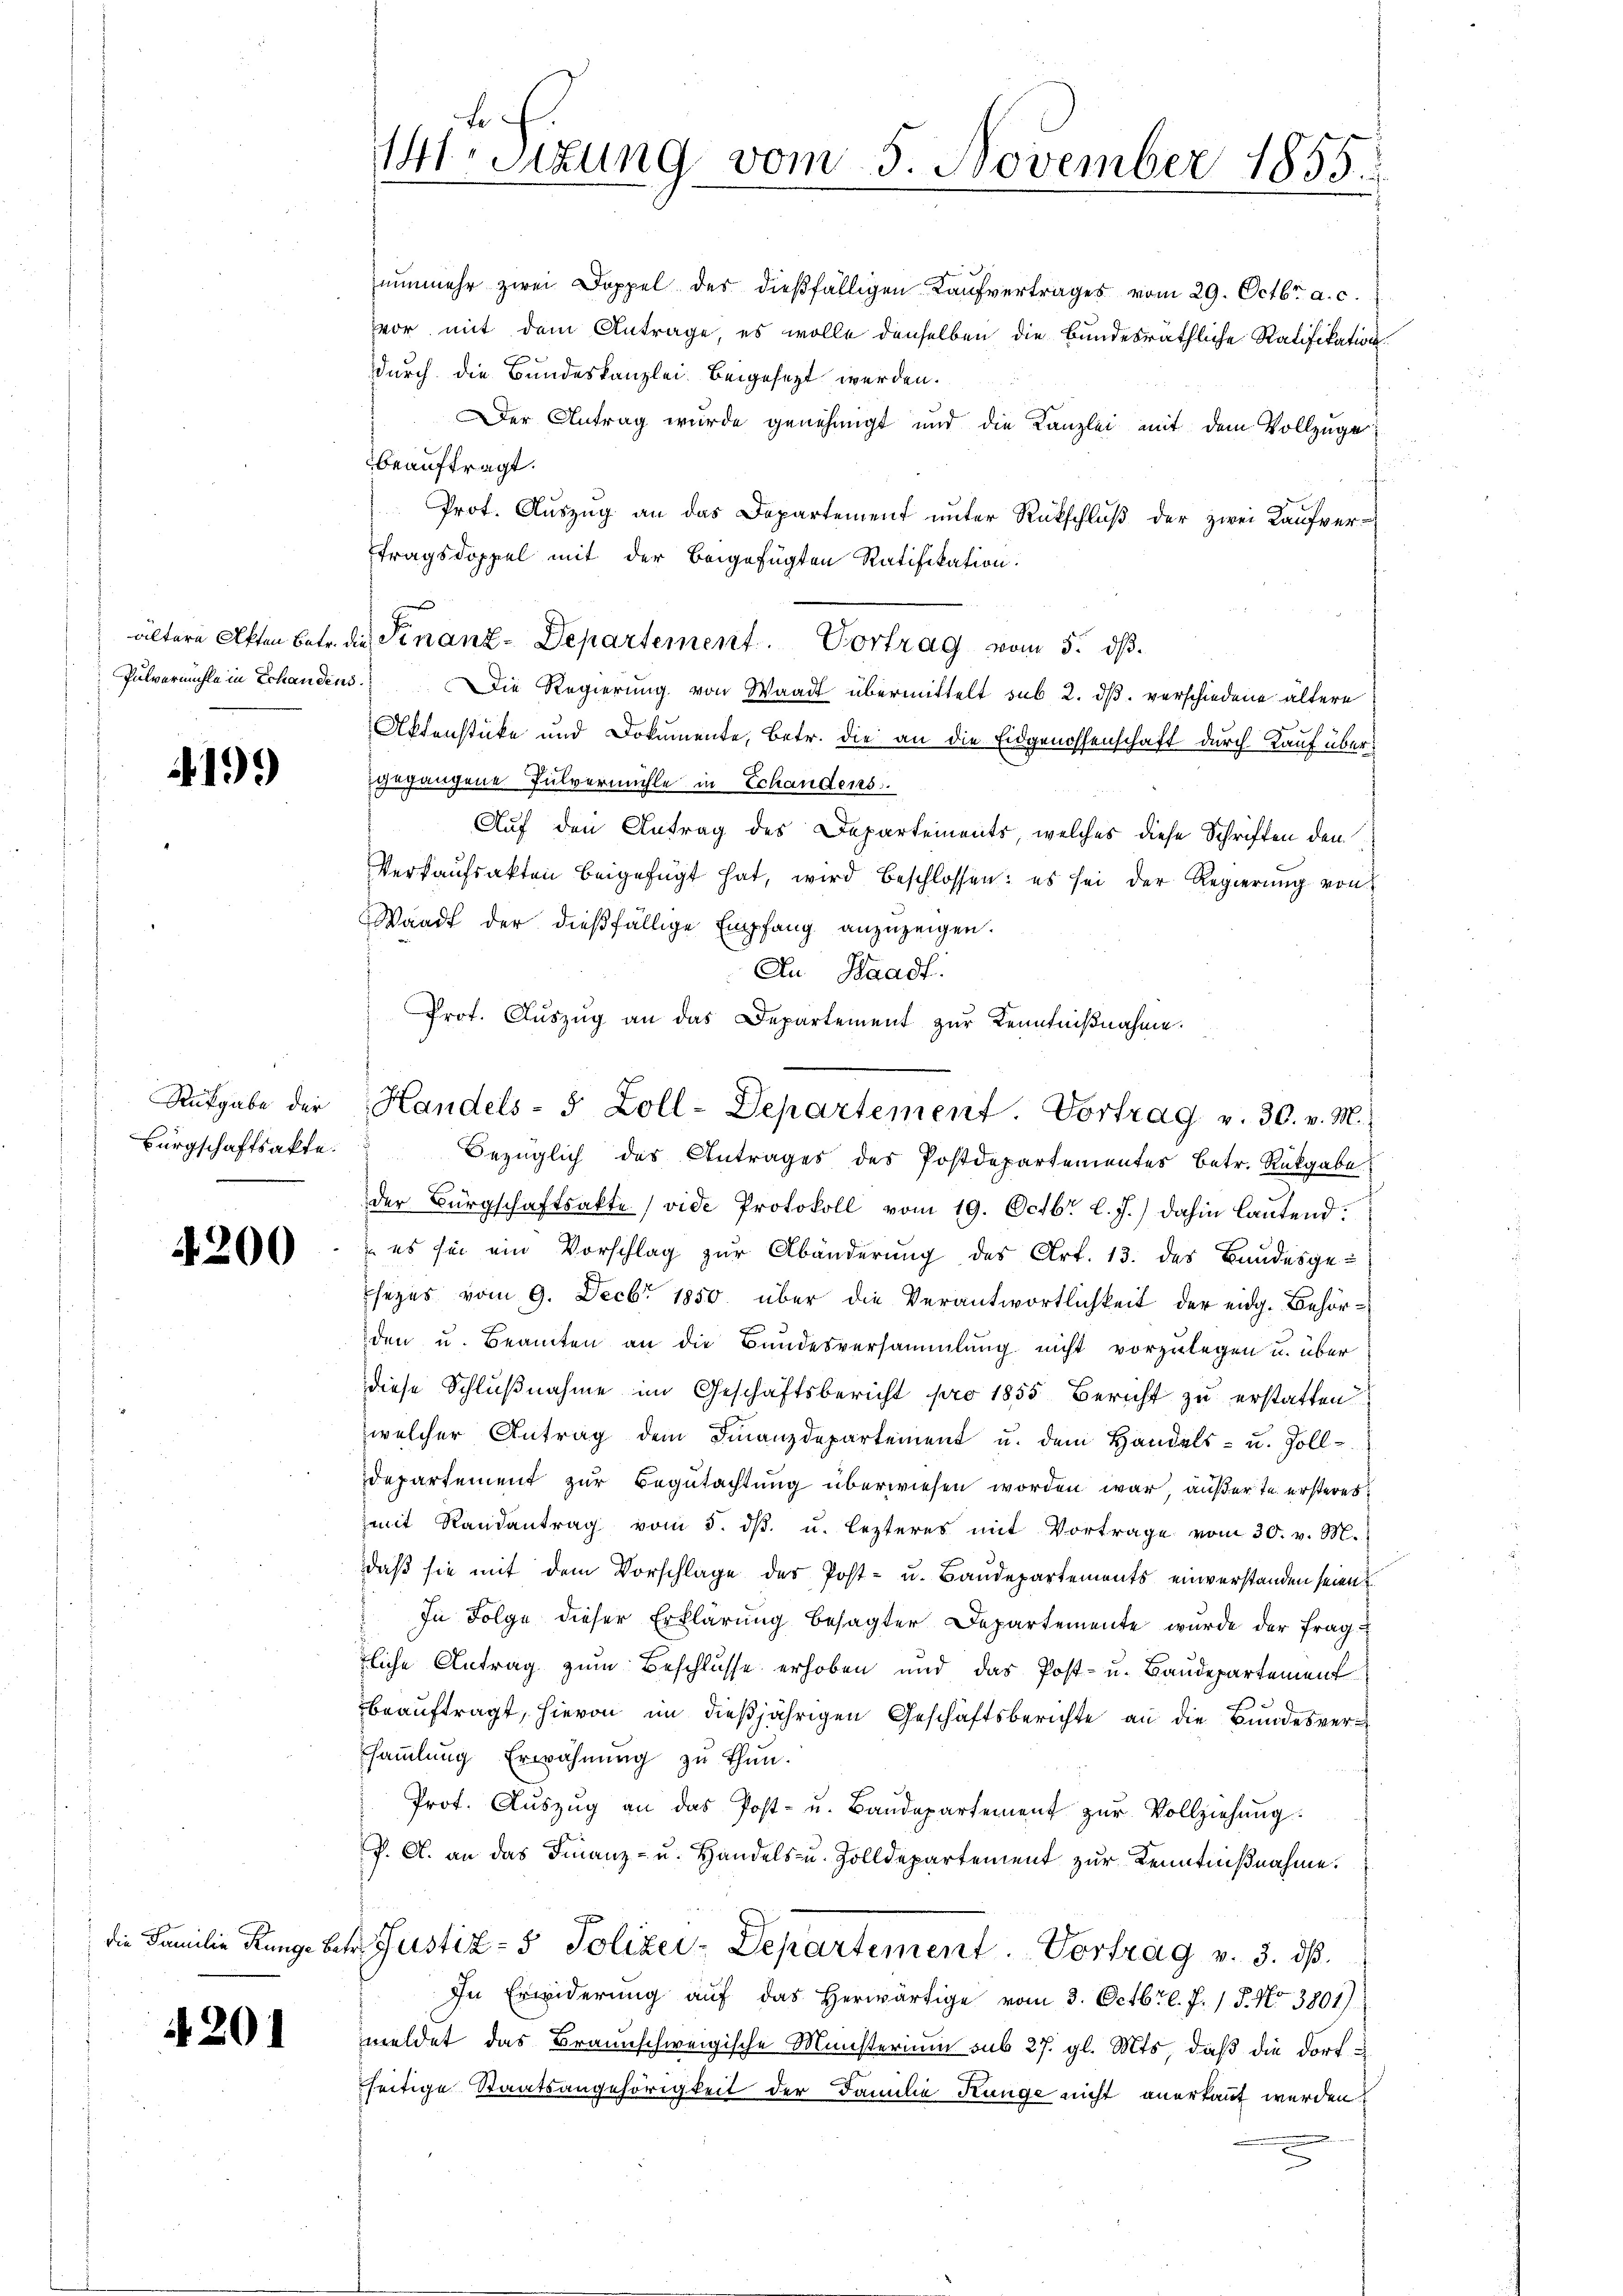
Pulvermühle in Schandens.

199

Rükgabe der
Bürgschaftsakte.

4200

die Familie Runge be¬

4201

nunmehr zwei Doppel der dießfälligen Kaufvertrages vom 29. Octbr. a. c.
vor mit dem Antrage, es wolle denselben die Bundesräthliche Ratifikation
durch die Bundeskanzlei beigesezt werden.
Der Antrag wurde genehmigt und die Kanzlei mit dem Vollzuge
beauftragt.
Prot. Aŭszŭg an das Departement unter Rückschlŭβ der zwei Kaŭfver-
tragsdoppel mit der beigefügten Ratifikation:
se
ältere Akten Betr. die Finanz-Departement. Portrag vom 5. ds.
Die Regierung von Waadt übermittelt sub 2. ds. verschiedene ältere
Aktenstücke und Dokumente, betr. die an die Eidgenossenschaft durch Kauf übergegangene Pulvermühle in Schandens.
Auf den Antrag des Departements, welches diese Schriften den
Verkaufsakten beigefügt hat, wird beschlossen: es sei der Regierung von
Waadt der dießfällige Empfang anzuzeigen.
An Waadt.
Bezüglich des Antrages des Postdepartementes Betr. Rückgabe
der Bürgschaftsakte (vide Protokoll vom 19. Octbr. l. J.) dahin lautend.
 es sie ein Vorschlag zur Abänderung des Art. 13. des Bandesge-
sezes vom 9. Decbr 1850 über die Verantwortlichkeit der eidg. Behörden u. Beamten an die Bundesversammlung nicht vorzulegen u. über
diese Schlußnahme im Geschäftsbericht pro 1855 Bericht zu erstatten
welcher Antrag dem Finanzdepartement u. dem Handels- u. Zoll-
departement zur Begutachtung überwiesen worden war, außerte ersteres
mit Randantrag vom 5. dβ. u. lezteres mit Vortrage vom 30. v. M.
daß sie mit dem Vorschlage des Post- u. Baudepartements einverstanden seien?
In Folge dieser Erklärung besagter Departemente wurde der Frag
liche Antrag zum Beschlusse erhoben und das Post- u. Baudepartement
beauftragt, hievon im dießjährigen Geschäftsberichte an die Bundesversammlung Erwähnung zu thun.
Prot. Aŭszŭg an das Post- u. Baŭdepartement zŭr Vollziehŭng.
P. A. an das Finanz- u. Handels u. Zolldepartement zur Kenntnißnahme.
r Justiz- & Polizei-Departement. Vortrag v. 3. ds.
In Erwiderung aŭf das herwärtige vom 3. Octbr l. J. 17. No 3801)
meldet das Braunschweigische Ministerium sub 27. gl. Mts, daß die Dorfseitige Staatsangehörigkeit der Familie Künge nicht anerkaut werden.

14 Sizung vom 5. November 1855.

Prot. Aŭszŭg an das Departement zŭr Kenntniβnahme.
Handels- 5 Zoll-Departement. Vortrag v. 30. v. M.